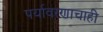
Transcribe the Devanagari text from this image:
पर्यावरणाचाही